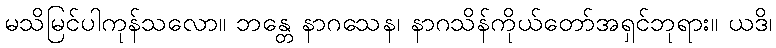
မသိမြင်ပါကုန်သလော။ ဘန္တေ နာဂသေန၊ နာဂသိန်ကိုယ်တော်အရှင်ဘုရား။ ယဒိ၊